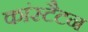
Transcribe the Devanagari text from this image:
कांस्टैटन